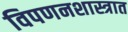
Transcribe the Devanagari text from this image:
विपणनशास्त्रात